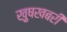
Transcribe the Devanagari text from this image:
ख़ुषखबरी